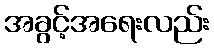
အခွင့်အရေးလည်း